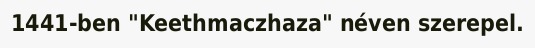
1441-ben "Keethmaczhaza" néven szerepel.